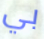
بي